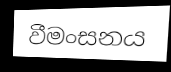
වීමංසනය